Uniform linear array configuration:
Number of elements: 32
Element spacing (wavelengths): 0.25
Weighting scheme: uniform
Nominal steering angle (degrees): -60
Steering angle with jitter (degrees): -60.939
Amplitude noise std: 0.05
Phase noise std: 0.05

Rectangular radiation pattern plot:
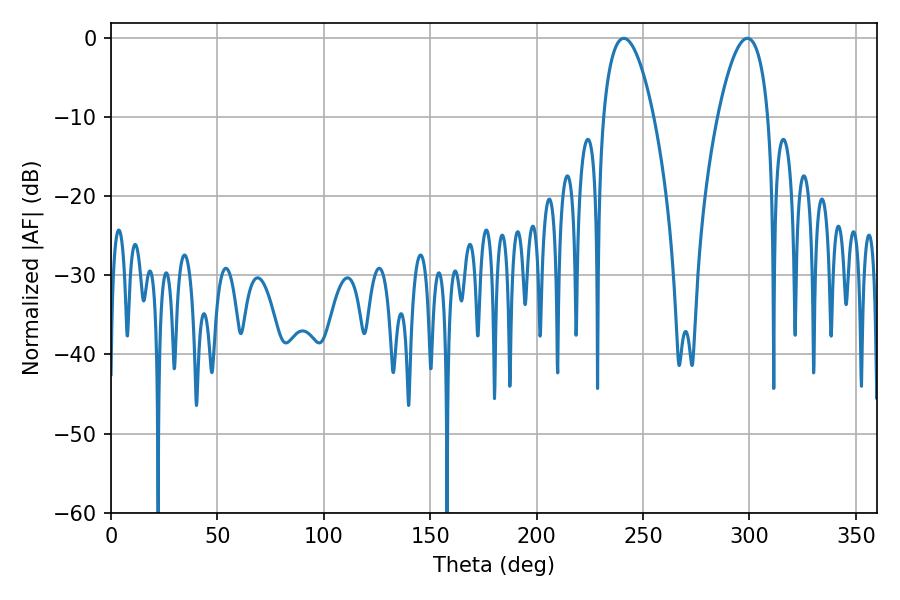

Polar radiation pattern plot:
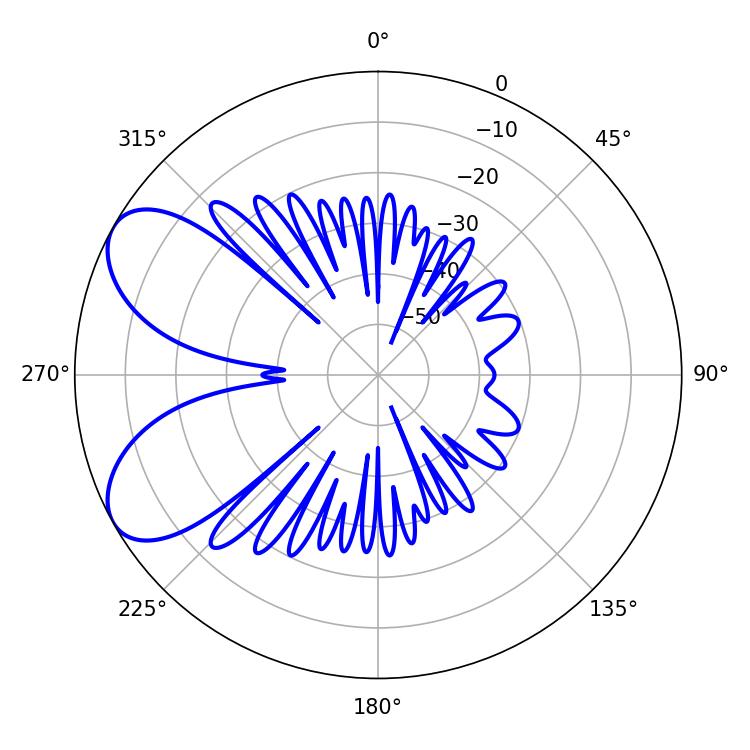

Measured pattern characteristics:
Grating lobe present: FALSE
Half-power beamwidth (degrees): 13.14
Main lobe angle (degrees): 298.98